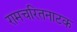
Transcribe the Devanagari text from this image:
रामचरितनाटक